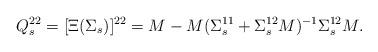
LaTeX: \begin{align*}Q_s^{22}& = [\Xi(\Sigma_s)]^{22} = M - M(\Sigma_s^{11} + \Sigma_s^{12} M)^{-1} \Sigma_s^{12} M.\end{align*}